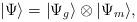
LaTeX: \begin{align*}|\Psi\rangle=|\Psi_g\rangle\otimes|\Psi_m\rangle ,\end{align*}